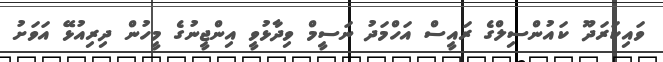
ވައިކަރަދޫ ކައުންސިލްގެ ރައީސް އަހްމަދު ނަސީމް ވިދާޅުވީ އިންޖީނުގެ މީހުން ދިރިއުޅޭ އަވަށު